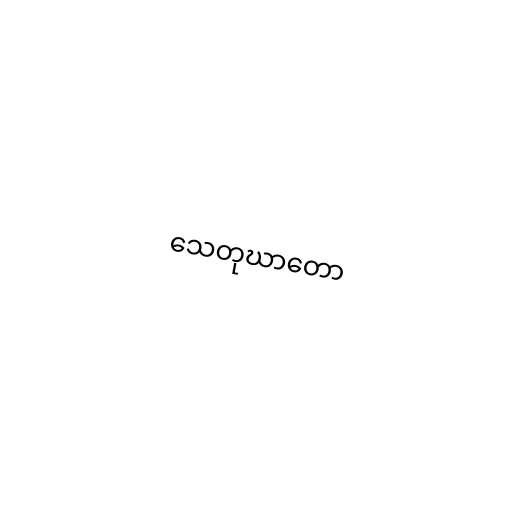
သေတုဃာတော